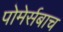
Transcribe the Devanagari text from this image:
पोमेर्सबाच